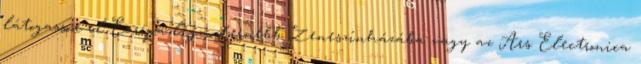
látogasson el Európa legmodernebb Zeneszínházába vagy az Ars Electronica